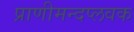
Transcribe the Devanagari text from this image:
प्राणीमन्दप्लवक